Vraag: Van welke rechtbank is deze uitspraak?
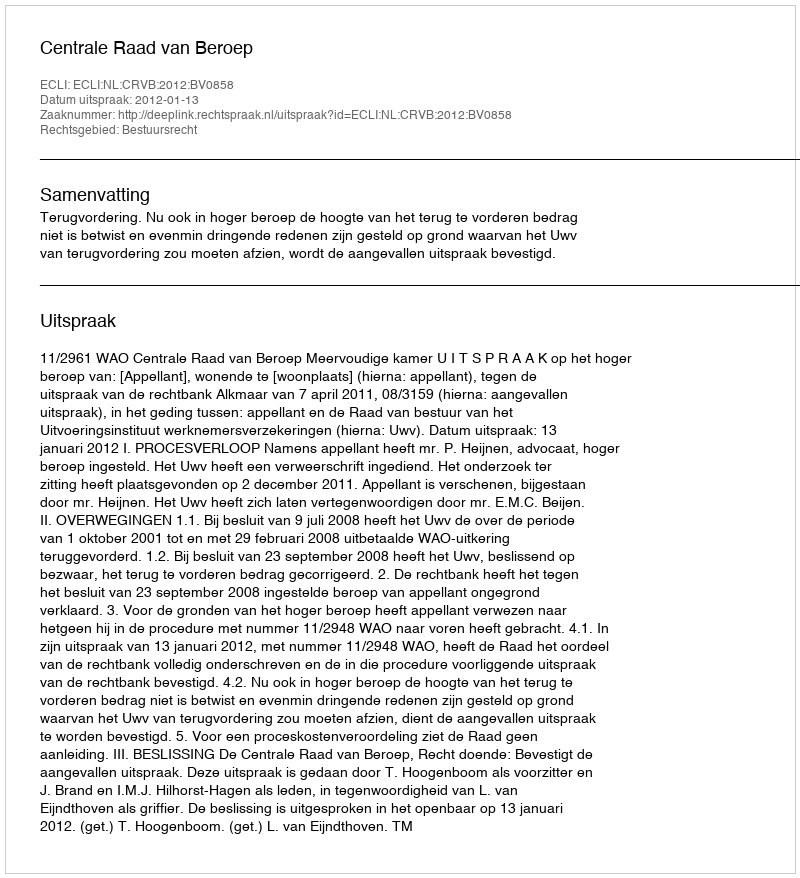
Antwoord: Centrale Raad van Beroep